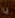
يا